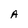
Character: A